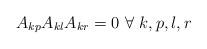
LaTeX: \begin{align*}A_{kp}A_{kl}A_{kr}=0 \ \forall \ k,p,l,r\end{align*}